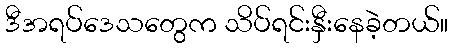
ဒီအရပ်ဒေသတွေက သိပ်ရင်းနှီးနေခဲ့တယ်။